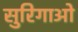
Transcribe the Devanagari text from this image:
सुरिगाओ